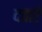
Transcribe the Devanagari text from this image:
दवाऐ